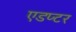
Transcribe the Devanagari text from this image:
एडप्टर